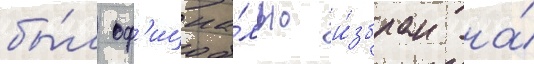
бы́л оф'ициа́льно и́збран на́